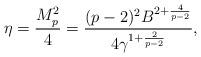
LaTeX: \begin{align*} \eta = \frac{M_p^2}{4} = \frac{(p-2)^2 B^{2 + \frac{4}{p-2}}}{4\gamma^{1 + \frac{2}{p-2}}},\end{align*}